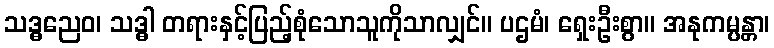
သဒ္ဓညေဝ၊ သဒ္ဓါ တရားနှင့်ပြည့်စုံသောသူကိုသာလျှင်။ ပဌမံ၊ ရှေးဦးစွာ။ အနုကမ္ပန္တာ၊